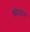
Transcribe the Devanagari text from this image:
खिजाब